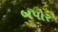
બપોર